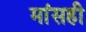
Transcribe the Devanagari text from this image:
मांसही